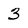
Character: 3